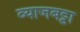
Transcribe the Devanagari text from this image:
व्याजबट्टा